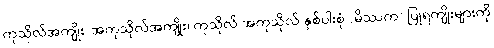
ကုသိုလ်အကျိုး၊ အကုသိုလ်အကျိုး၊ ကုသိုလ် အကုသိုလ် နှစ်ပါးစုံ (မိဿက) ပြုရကျိုးများကို